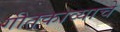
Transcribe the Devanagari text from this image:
गीतकाव्याचे